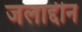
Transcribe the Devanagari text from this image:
जलाद्दीन